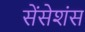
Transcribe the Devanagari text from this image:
सेंसेशंस